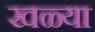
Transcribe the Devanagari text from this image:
खळ्या